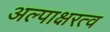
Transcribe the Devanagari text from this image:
अल्पाक्षरत्व